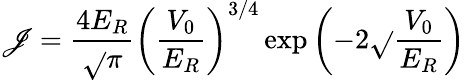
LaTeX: \mathscr{J}=\frac{{4E_{R}}}{{\sqrt{}{{\pi}}}}\left(\frac{{V_{0}}}{{E_{R}}}\right)^{3/4}\exp\left(-2\sqrt{}{{\frac{{V_{0}}}{{E_{R}}}}}\right)